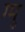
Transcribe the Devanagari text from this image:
ग्‍मू